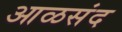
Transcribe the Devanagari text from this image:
आळसंद